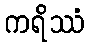
ကရိဿံ